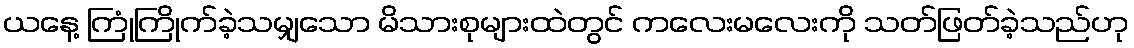
ယနေ့ ကြုံကြိုက်ခဲ့သမျှသော မိသားစုများထဲတွင် ကလေးမလေးကို သတ်ဖြတ်ခဲ့သည်ဟု